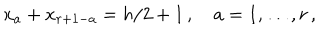
x _ { a } + x _ { r + 1 - a } = h / 2 + 1 \, , \quad a = 1 , \ldots , r \, ,